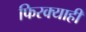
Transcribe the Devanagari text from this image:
फिरक्याही